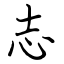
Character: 志